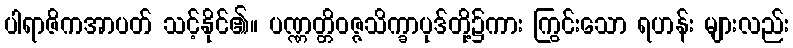
ပါရာဇိကအာပတ် သင့်နိုင်၏။ ပဏ္ဏတ္တိဝဇ္ဇသိက္ခာပုဒ်တို့၌ကား ကြွင်းသော ရဟန်း များလည်း